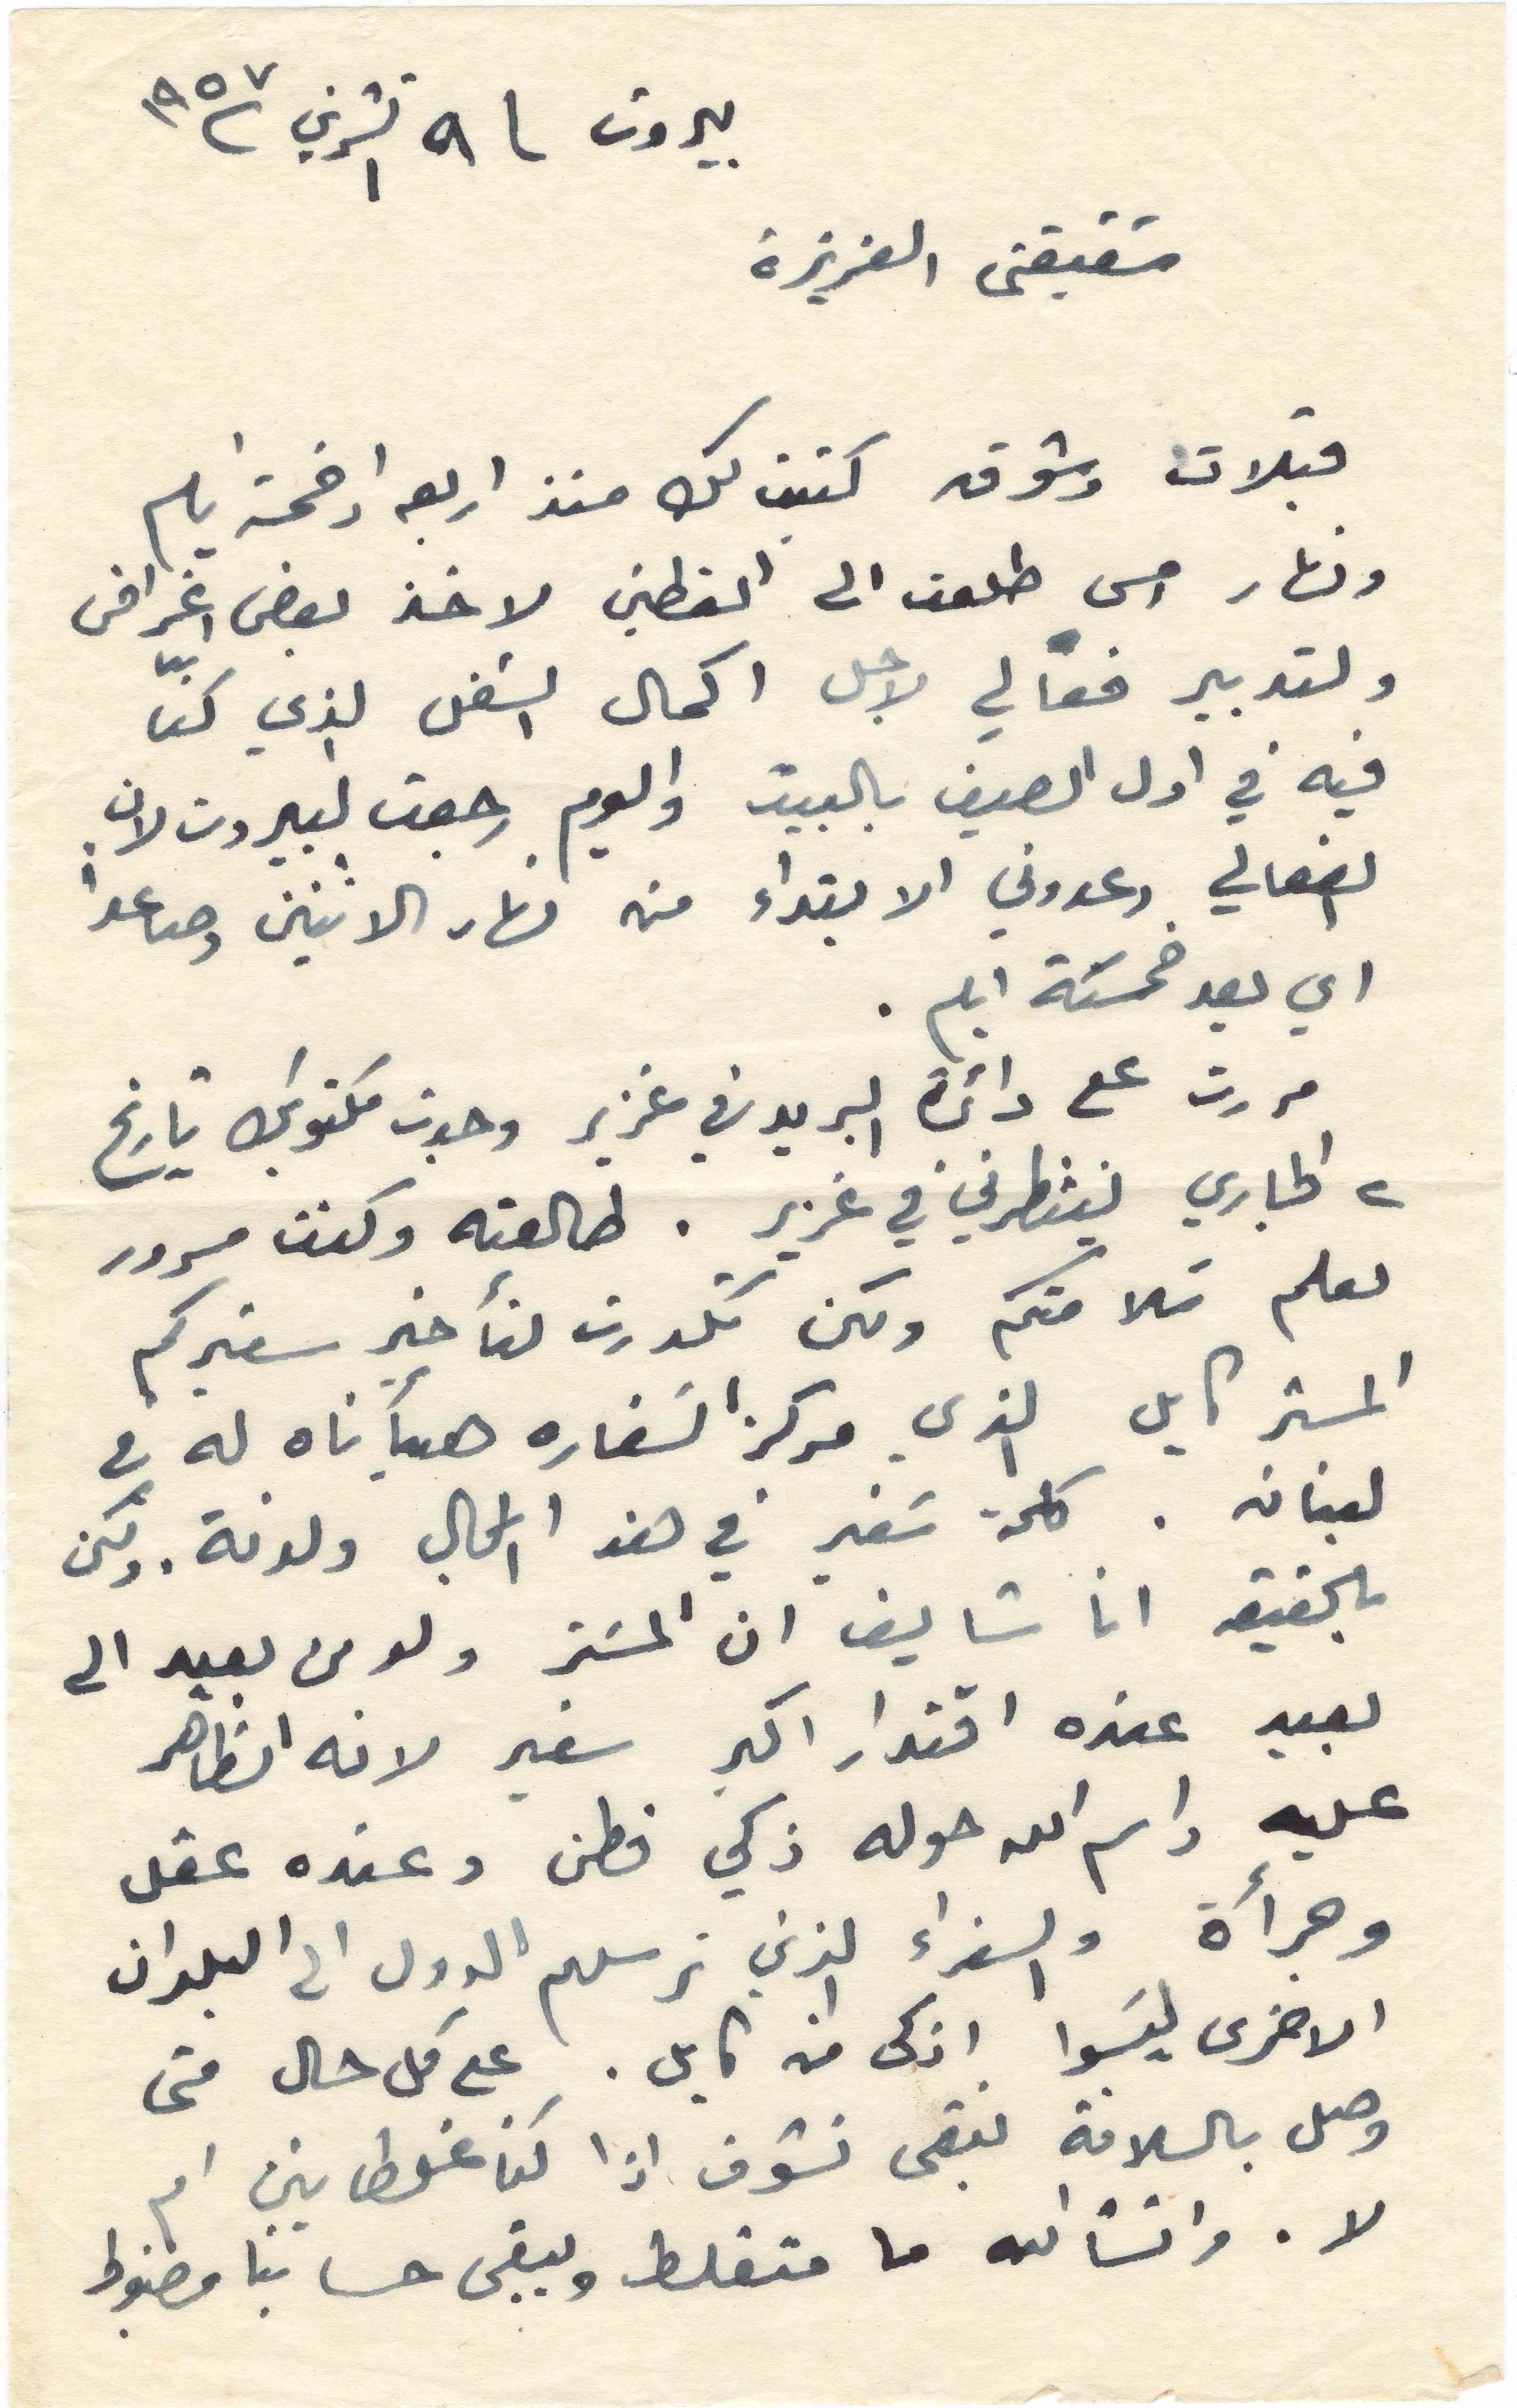
بيروت ٩ تشرين ١ ١٩٥٧
شقيقتي العزيزة
قبلات وشوق كتبت لك منذ اربعة او خمسة ايام
ونهار امس طلعت الى القطين لاخذ بعض اغراض
ولتدبير فعالي لاجل اكمال الشغل الذي كنّا
فيه في اول الصيف بالبيت واليوم رجعت لبيروت لان
الفعالي وعدوني الابتداء من نهار الاثنين وصاعداُ
اي بعد خمسَة ايام.
مررت على دائرة البريد في غزير وجدت مكتوبك تاريخ
٢ الجاري ينتظرني في غزير. طالعته وكنت مسرور
لعلم سَلامتكم ولكن تكدرت لتأخير سفيركم
المستر كايل الذي مركز السفاره هيأناه له في
لبنان. كلمة سَفير في هذا المجال ولدنة. ولكن
بالحقيقه انا شايف ان المستر ولو من بعيد الى
بعيد عنده اقتدار اكبر سفير لانه الظاهر
عليه واسم الله حوله ذكي فطن وعنده عقل
وجرأة والسفراء الذين ترسلهم الدول الى البلدان
الاخرى لَيسوا اذكى من كايل. على كل حال متى
وصل بالسلامة نبقى نشوف اذا كنا غلطانين ام
لا. وانشالله ما منغلط ويبقى حسابنا مضبوط